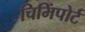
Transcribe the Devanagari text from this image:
चिमिंपोर्ट